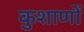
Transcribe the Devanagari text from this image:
कुशाणों